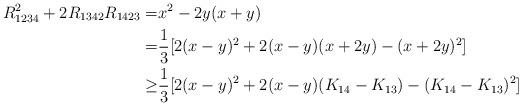
LaTeX: \begin{align*}R_{1234}^2 + 2 R_{1342} R_{1423}=& x^2-2y(x+y) \\=& \frac 13 [ 2(x-y)^2 + 2(x-y)(x+2y) - (x+2y)^2 ]\\\ge& \frac 13 [ 2(x-y)^2 + 2(x-y)(K_{14}-K_{13}) - (K_{14}-K_{13})^2 ]\\\end{align*}